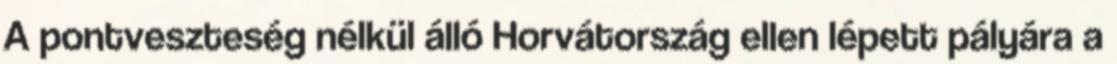
A pontveszteség nélkül álló Horvátország ellen lépett pályára a